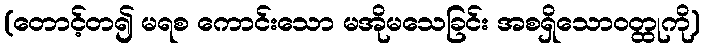
(တောင့်တ၍ မရစ ကောင်းသော မအိုမသေခြင်း အစရှိသောဝတ္ထုကို)